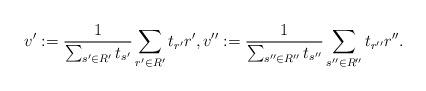
LaTeX: \begin{align*}v' := \frac{1}{\sum_{s' \in R'} t_{s'}} \sum_{r' \in R'} t_{r'} r', v'' := \frac{1}{\sum_{s'' \in R''} t_{s''}} \sum_{s'' \in R''}t_{r''} r''.\end{align*}